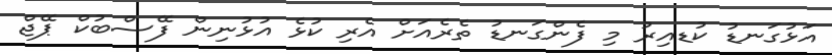
އަޅުގަނޑު ކުޑއިރު މި ފެންގަނޑު ތެރެއަށް އެރި ކުޅެ އުޅުނިން ފޭސްބުކް ޕޭޖް